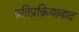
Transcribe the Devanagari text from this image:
प्रतिप्रक्रियावाद